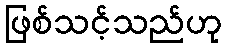
ဖြစ်သင့်သည်ဟု